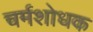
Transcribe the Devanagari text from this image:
चर्मशोधक